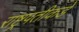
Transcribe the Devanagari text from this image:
राष्ट्रपतीकडे